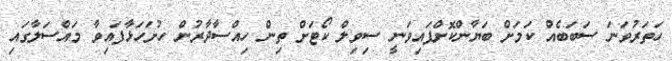
ހަތަރުވަނަ ސަބަބެއް ކަމަށް ބަޔާންކޮށްފައިވަނީ ސިވިލް ކޯޓަށް ތިން ހިއްސާދާރުން ހުށަހަޅާފައިވާ މައްސަލާގައި